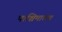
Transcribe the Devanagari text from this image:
पाश्चिमात्त्य